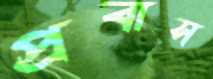
প্রবাস